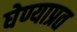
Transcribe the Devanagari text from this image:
घेण्याप्रत